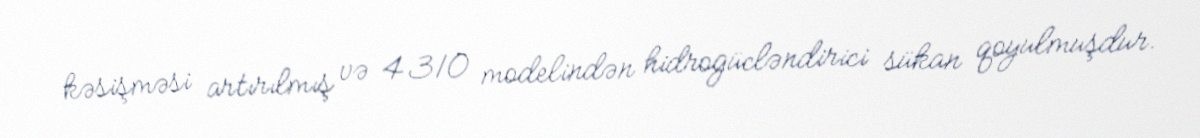
kəsişməsi artırılmış və 4310 modelindən hidrogücləndirici sükan qoyulmuşdur.